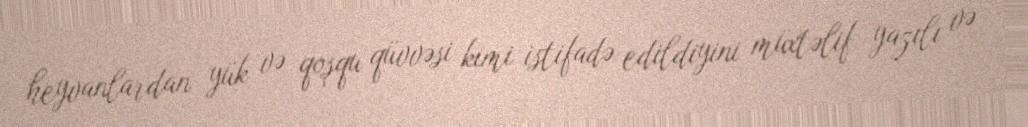
heyvanlardan yük və qoşqu qüvvəsi kimi istifadə edildiyini müxtəlif yazılı və